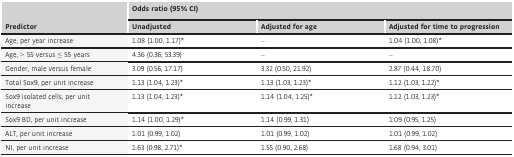
| <ROWSPAN=2> Predictor | <COLSPAN=3> Odds ratio (95% CI) |
 | Unadjusted | Adjusted for age | Adjusted for time to progression |
 | --- | --- | --- | --- |
 | Age, per year increase | 1.08 (1.00, 1.17)a | – | 1.04 (1.00, 1.08)a |
 | Age, > 55 versus ≤ 55 years | 4.36 (0.36, 53.39) | – | – |
 | Gender, male versus female | 3.09 (0.56, 17.17) | 3.32 (0.50, 21.92) | 2.87 (0.44, 18.70) |
 | Total Sox9, per unit increase | 1.13 (1.04, 1.23)a | 1.13 (1.03, 1.23)a | 1.12 (1.03, 1.22)a |
 | Sox9 isolated cells, per unit increase | 1.13 (1.04, 1.23)a | 1.14 (1.04, 1.25)a | 1.12 (1.03, 1.23)a |
 | Sox9 BD, per unit increase | 1.14 (1.00, 1.29)a | 1.14 (0.99, 1.31) | 1.09 (0.95, 1.25) |
 | ALT, per unit increase | 1.01 (0.99, 1.02) | 1.01 (0.99, 1.02) | 1.01 (0.99, 1.02) |
 | NI, per unit increase | 1.63 (0.98, 2.71)a | 1.55 (0.90, 2.68) | 1.68 (0.94, 3.01) |